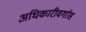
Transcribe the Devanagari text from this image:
अधिकारीवर्गास